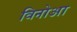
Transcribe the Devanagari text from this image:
विनोआ